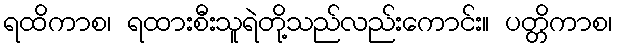
ရထိကာစ၊ ရထားစီးသူရဲတို့သည်လည်းကောင်း။ ပတ္တိကာစ၊